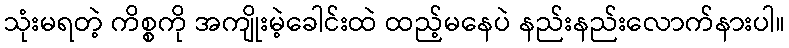
သုံးမရတဲ့ ကိစ္စကို အကျိုးမဲ့ခေါင်းထဲ ထည့်မနေပဲ နည်းနည်းလောက်နားပါ။